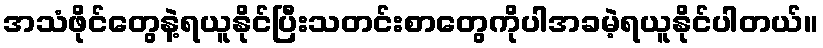
အသံဖိုင်တွေနဲ့ရယူနိုင်ပြီးသတင်းစာတွေကိုပါအခမဲ့ရယူနိုင်ပါတယ်။